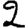
Digit: 2